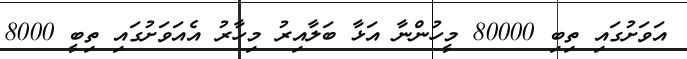
އަވަށުގައި ތިބި 80000 މީހުންނާ އަޅާ ބަލާއިރު މިހާރު އެއަވަށުގައި ތިބީ 8000